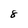
Character: 8